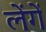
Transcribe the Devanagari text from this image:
लेंगें